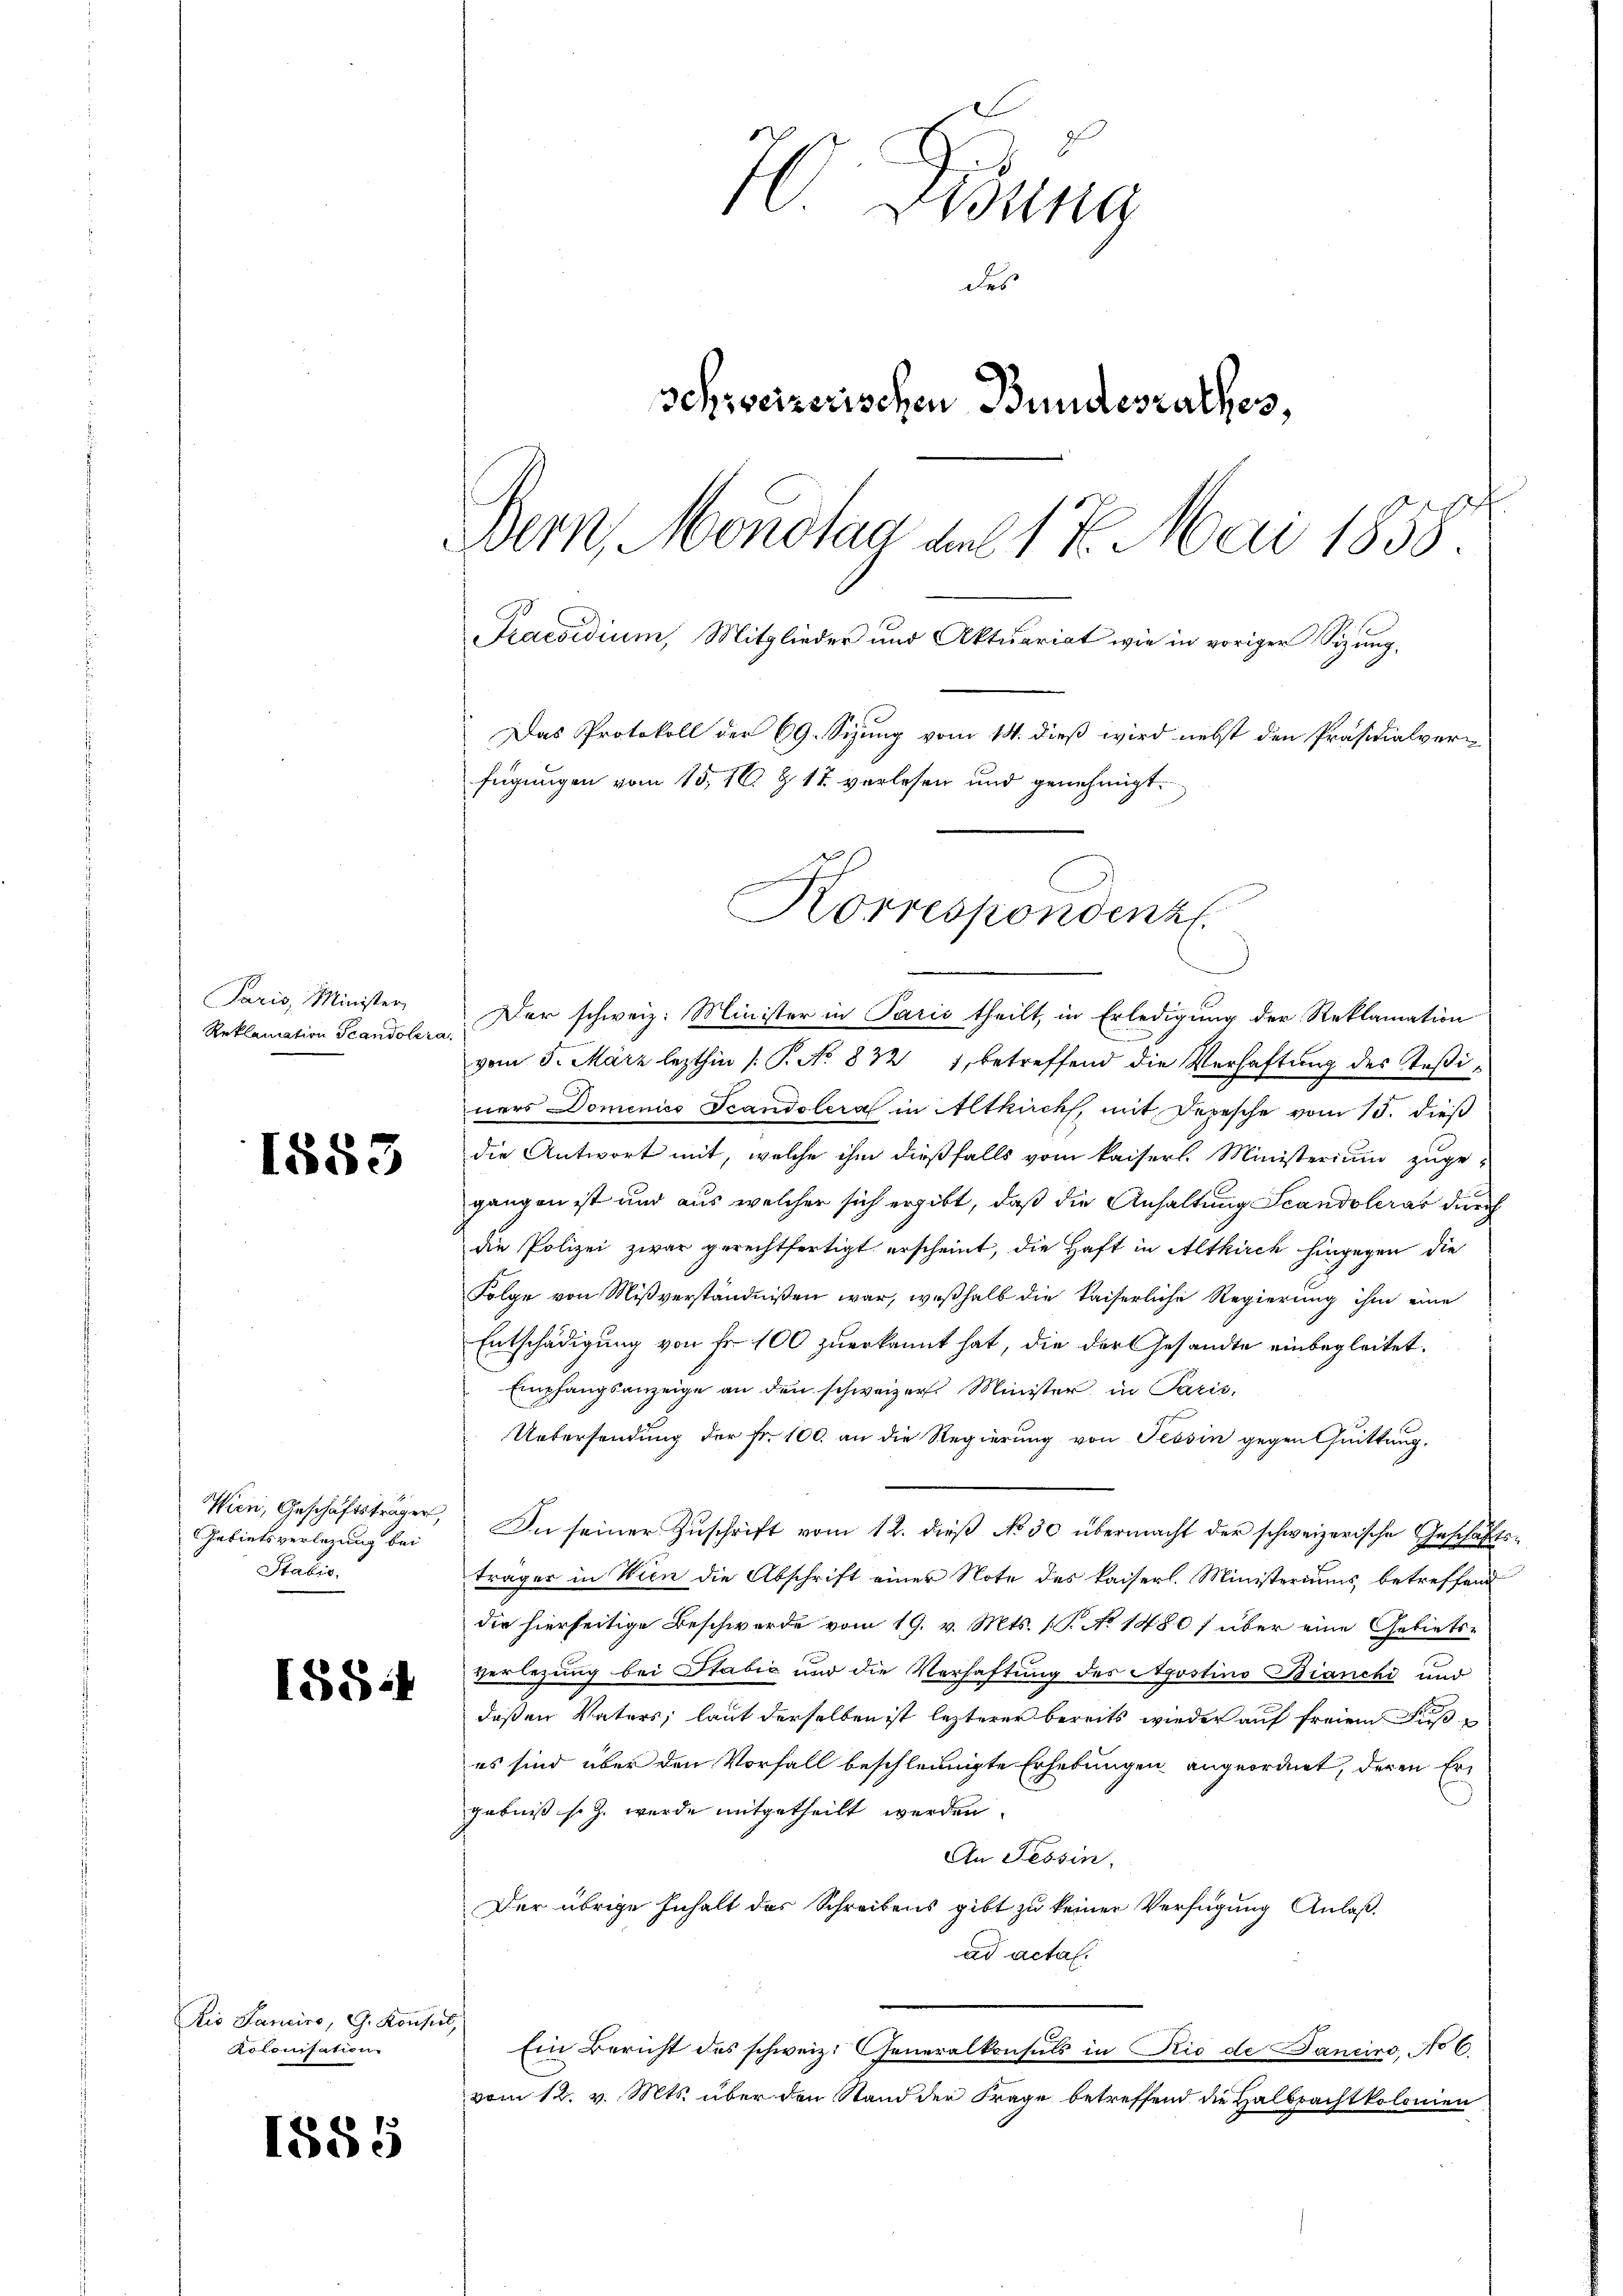
Paris, Minister
Reklamation Scandolera.

1853

Gebietsverlegung bei
Stabis.

1554

Dio Sanciro, G. Konsel,
Kolonisation

1885

70. Gesung
des
schweizerischen Bundesrathes,
Bern, Mondtag am 17. Mai 1858.
Praesidium, Mitglieder und Aktuariat wie in voriger Sizung,
Das Protokoll der 69. Sizung vom 14. dieß wird nebst den Präsidialverfügungen vom 15. 16. Z. 12 verlesen und genehmigt.

Der schweiz. Minister in Paris theilt, in Erledigung der Reklamation
vom 5. März lezthin /: P. No 832 1, betreffend die Verhaftung des Teßiners Domenico Scandoleral in Altkirch, mit Depesche vom 15. dieß
die Antwort mit, welche ihm dießfalls vom kaiserl. Ministerium zuge-
gangen ist und aus welcher sich ergibt, daß die Anhaltung Scandoleras durch
die Polizei zwar gerechtfertigt erscheint, die Haft in Altkirch hingegen die
Folge von Mißverständnißen war, weßhalb die kaiserliche Regierung ihm eine
Entschädigung von Fr. 100 zuerkannt hat, die der Gesandte einbegleitet.
Empfangsanzeige an den schweizer. Minister, in Paris,
Uebersendung der Fr. 100. an die Regierung von Tessin gegen Quittung.
Wien, Geschäftsträger, In seiner Zŭschrift vom 12. dieβ No 50 übermacht der schweizerische Geschäftsträger in Wien die Abschrift einer Note des kaiserl. Ministeriums betreffend
die hierseitige Beschwerde vom 19. v. Mts. (T. No 1480 f über eine Gebietsverlegung bei Stabić und die Verhaftung des Apostins Bianchi und
deßen Vaters, laut derselben ist lezterer bereits wieder auf freiem Fußes sind über den Vorfall beschleunigte Erhebungen angeordnet, deren Ergebniß so z. wurde mitgetheilt werden.
An Tessin,
Der übrige Inhalt des Schreibens gibt zu keiner Verfügung Anlaß.
ad actal.
Ein Bericht des schweiz. Generalkonsuls in Rio de Sanciro, No 6.
vom 12. v. Mts. über den Stand der Frage betreffend die Halbpachtkolonien

Korrespondenz.